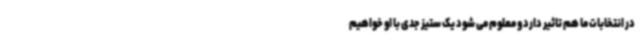
در انتخابات ما هم تاثیر دارد و معلوم می شود یک ستیز جدی با او خواهیم